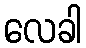
လေခါ